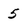
Character: 5